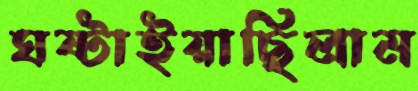
ঘষ্‌টাইয়াছিলাম